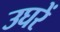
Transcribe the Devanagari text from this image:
उघरें